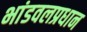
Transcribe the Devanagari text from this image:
भांडवलप्रधान